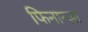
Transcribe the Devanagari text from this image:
फिनान्ज़ा